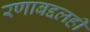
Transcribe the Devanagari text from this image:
रणाबद्दलही